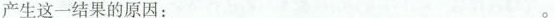
产生这一结果的原因： o